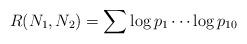
LaTeX: \begin{align*}R(N_{1},N_{2})=\sum \log p_{1}\cdots\log p_{10}\end{align*}